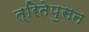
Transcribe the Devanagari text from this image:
त्रितेपुसन